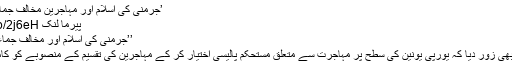
’جرمنی کی اسلام اور مہاجرین مخالف جماعت کا انتخابی منشور‘
پیرما لنک http://p.dw.com/p/2j6eH
’’جرمنی کی اسلام اور مخالف جماعت کا انتخابی منشور‘‘
میرکل نے اس امر پر بھی زور دیا کہ یورپی یونین کی سطح پر مہاجرت سے متعلق مستحکم پالیسی اختیار کر کے مہاجرین کی تقسیم کے منصوبے کو کامیاب بنایا جا سکتا ہے۔